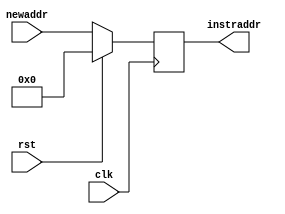
`timescale 1ns / 1ps


module PC(
    input [7:0] newaddr,
    input clk,
    input rst,
    output reg [7:0] instraddr
    );
    
    always@(posedge clk)
    begin
        if(rst==1'b1)
        begin
            instraddr=0;
        end
        else
        begin
            instraddr=newaddr;
        end
    end
    
endmodule